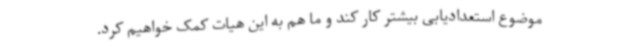
موضوع استعدادیابی بیشتر کار کند و ما هم به این هیات کمک خواهیم کرد.